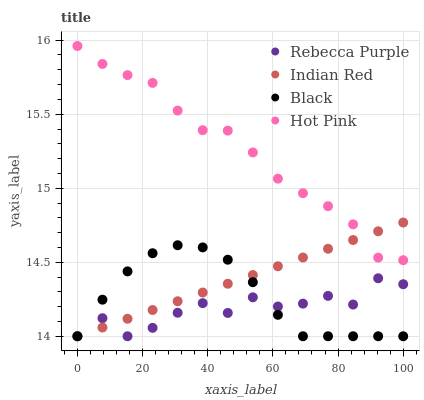
| xaxis_label | Rebecca Purple | Indian Red | Black | Hot Pink |
 | --- | --- | --- | --- | --- |
 | 0 | 14 | 14 | 14 | 16 |
 | 7.69 | 14.1 | 14.1 | 14.2 | 15.8 |
 | 15.4 | 14 | 14.1 | 14.4 | 15.8 |
 | 23.1 | 14.1 | 14.2 | 14.6 | 15.7 |
 | 30.8 | 14.2 | 14.2 | 14.6 | 15.5 |
 | 38.5 | 14.2 | 14.3 | 14.6 | 15.4 |
 | 46.2 | 14.2 | 14.4 | 14.5 | 15.4 |
 | 53.8 | 14.3 | 14.4 | 14.4 | 15.2 |
 | 61.5 | 14.2 | 14.5 | 14.1 | 15.1 |
 | 69.2 | 14.2 | 14.5 | 14 | 15 |
 | 76.9 | 14.3 | 14.6 | 14 | 14.9 |
 | 84.6 | 14.2 | 14.7 | 14 | 14.8 |
 | 92.3 | 14.4 | 14.7 | 14 | 14.5 |
 | 100 | 14.4 | 14.8 | 14 | 14.5 |